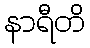
နာရီတိ